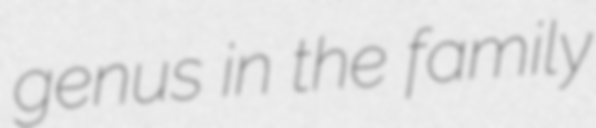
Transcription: genus in the family